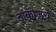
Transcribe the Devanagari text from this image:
टॉकीजचे